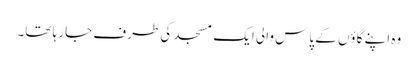
وہ اپنے گاؤں کے پاس والی ایک مسجد کی طرف جا رہا تھا۔